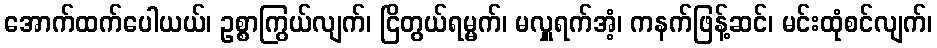
အောက်ထက်ပေါယယ်၊ ဥစ္စာကြွယ်လျက်၊ ငြိတွယ်ရမ္မက်၊ မလှူရက်အံ့၊ ကနက်ဖြန့်ဆင်၊ မင်းထုံစင်လျက်၊